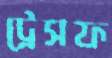
ট্রেসফ